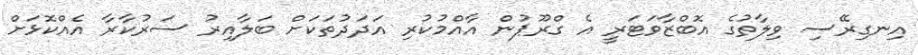
އިނގިރޭސި ވިލާތުގެ އޮބްޒާވަޓަރީ އެ ގްރޫޕުން އާއްމުކުރި އަދަދުތަކަށް ބަލާއިރު ސަރުކާރާ އެއްކޮޅަށް